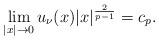
LaTeX: \begin{align*} \lim_{|x|\to0}u_\nu(x)|x|^{\frac{2}{p-1}}=c_{p}.\end{align*}